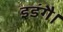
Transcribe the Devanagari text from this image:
इडंगै।